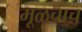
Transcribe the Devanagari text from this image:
मूळचाच